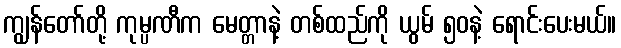
ကျွန်တော်တို့ ကုမ္ပဏီက မေတ္တာနဲ့ တစ်ထည်ကို ယွမ် ၅၀နဲ့ ရောင်းပေးမယ်။